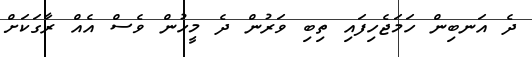
ދެ އަނބިން ހަމަޖެހިފައި ތިބި ވަރުން ދެ މީހުން ވެސް އެއް ރާގަކަށް